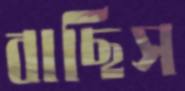
বাছিস